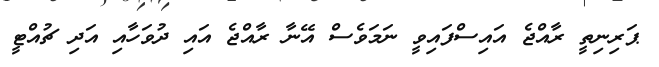
ޕަރިނިތީ ރާއްޖެ އައިސްފައިވީ ނަމަވެސް އޭނާ ރާއްޖެ އައި ދުވަހާއި އަދި ޗުއްޓީ